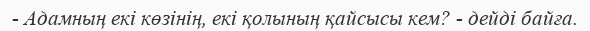
- Адамның екі көзінің, екі қолының қайсысы кем? - дейді байға.